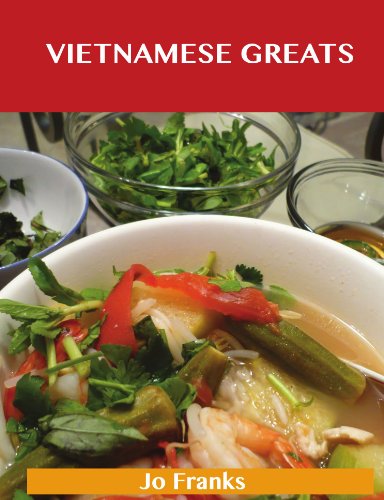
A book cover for Vietnamese Greats: Delicious Vietnamese Recipes, The Top 60 Vietnamese Recipes; Jo Franks; Cookbooks, Food & Wine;